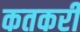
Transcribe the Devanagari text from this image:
कतकरी